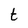
Character: t